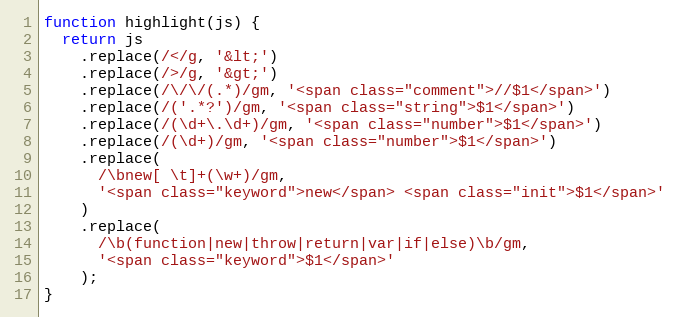
Language: JavaScript
function highlight(js) {
  return js
    .replace(/</g, '&lt;')
    .replace(/>/g, '&gt;')
    .replace(/\/\/(.*)/gm, '<span class="comment">//$1</span>')
    .replace(/('.*?')/gm, '<span class="string">$1</span>')
    .replace(/(\d+\.\d+)/gm, '<span class="number">$1</span>')
    .replace(/(\d+)/gm, '<span class="number">$1</span>')
    .replace(
      /\bnew[ \t]+(\w+)/gm,
      '<span class="keyword">new</span> <span class="init">$1</span>'
    )
    .replace(
      /\b(function|new|throw|return|var|if|else)\b/gm,
      '<span class="keyword">$1</span>'
    );
}